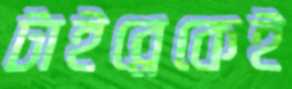
টাইব্রেকেই